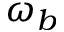
\omega _ { b }